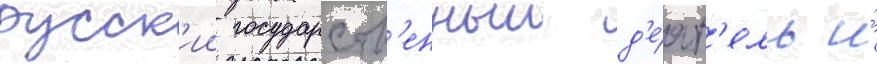
русск'ии государств'енныи д'е́ят'ель и́